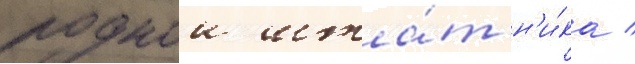
роднои шта́т н'и́ка /